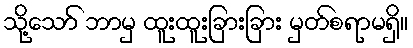
သို့သော် ဘာမှ ထူးထူးခြားခြား မှတ်စရာမရှိ။